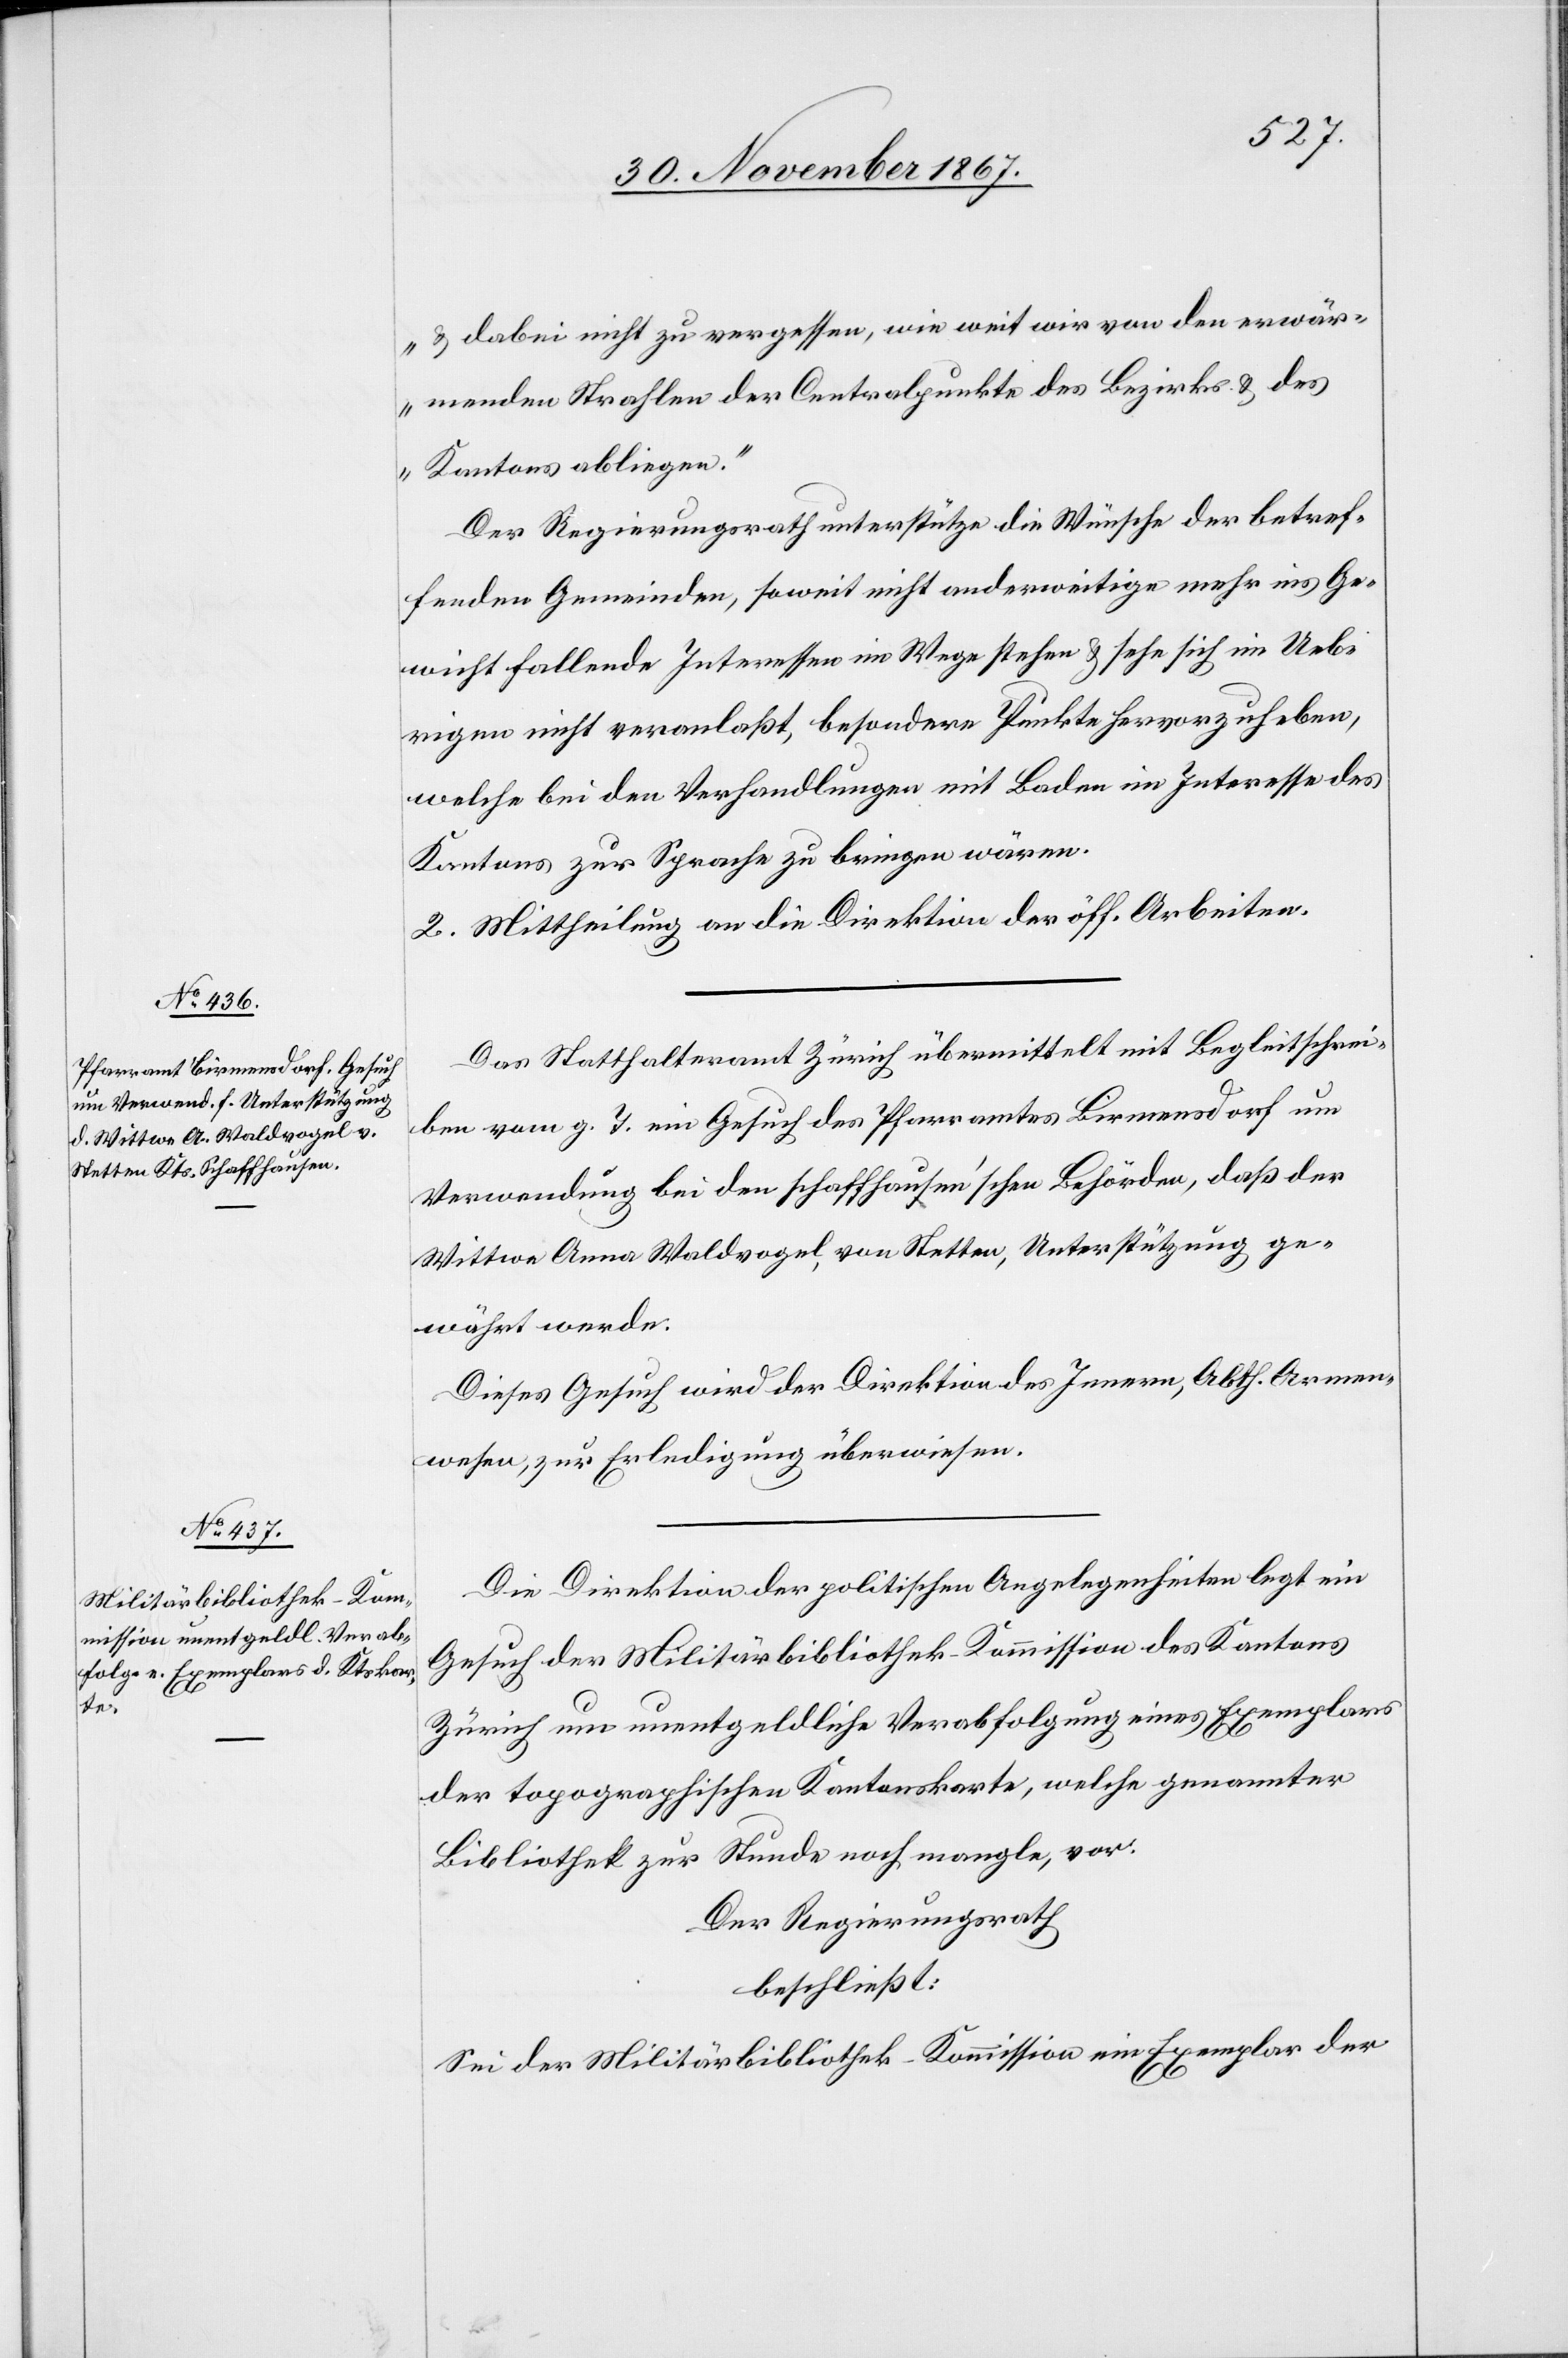
u. dabei nicht zu vergessen, wie weit wir von den erwär¬
menden Strahlen der Centralpunkte des Bezirks u. des
Kantons abliegen.“
Der Regierungsrath unterstütze die Wünsche der betref¬
fenden Gemeinden, soweit nicht anderweitige mehr ins Ge¬
wicht fallende Interessen im Wege stehen u. sehe sich im Ueb¬
rigen nicht veranlaßt, besondere Punkte hervorzuheben,
welche bei den Verhandlungen mit Baden im Interesse des
Kantons zur Sprache zu bringen wären.
2. Mittheilung an die Direktion der öff. Arbeiten.
Das Statthalteramt Zürich übermittelt mit Begleitschrei¬
ben vom g. T. ein Gesuch des Pfarramtes Birmensdorf um
Verwendung bei den schaffhausen’schen Behörden, daß der
Wittwe Anna Waldvogel, von Stetten, Unterstützung ge¬
währt werde.
Dieses Gesuch wird der Direktion des Innern, Abth. Armen¬
wesen, zur Erledigung überwiesen.
Die Direktion der politischen Angelegenheiten legt ein
Gesuch der Militärbibliothek-Kommission des Kantons
Zürich um unentgeldliche Verabfolgung eines Exemplars
der topographischen Kantonskarte, welche genannter
Bibliothek zur Stunde noch mangle, vor.
Der Regierungsrath
beschließt:
Sei der Militärbibliothek-Kommission ein Exemplar der